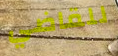
للقاضي